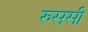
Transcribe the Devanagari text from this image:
रुससी